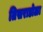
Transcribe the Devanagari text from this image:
तिसराडोळा